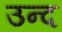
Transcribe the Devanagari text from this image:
उन्द